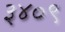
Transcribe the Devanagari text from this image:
३४०९